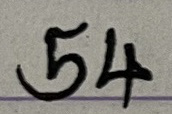
54